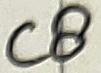
Text: C8